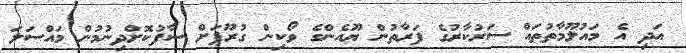
އަދި އެ މައުލޫމާތުތައް ސަރުކާރުގެ ފަރާތުން ޔޫއެންގެ ވޯކިން ގުރޫޕަށް ސާފުކޮށްދިނުމުން މައްސަލަ